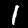
Digit: 1